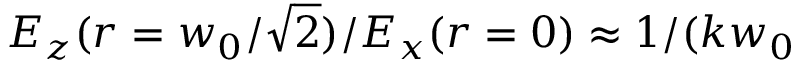
E _ { z } ( r = w _ { 0 } / \sqrt { 2 } ) / E _ { x } ( r = 0 ) \approx 1 / ( k w _ { 0 }